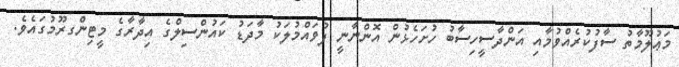
މަޢުލޫމާތު ސާފުކުރެއްވުމާއި އަންދާސީހިސާބު ހުށަހެޅުން އޮންނާނީ ފުވައްމުލަކު މާދަޑު ކައުންސިލްގެ އިދާރާގެ މީޓިންގރޫމުގައެވެ.